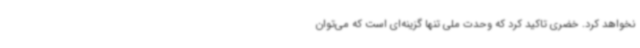
نخواهد کرد. خضری تاکید کرد که وحدت ملی تنها گزینه‌ای است که می‌توان